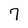
Character: 7